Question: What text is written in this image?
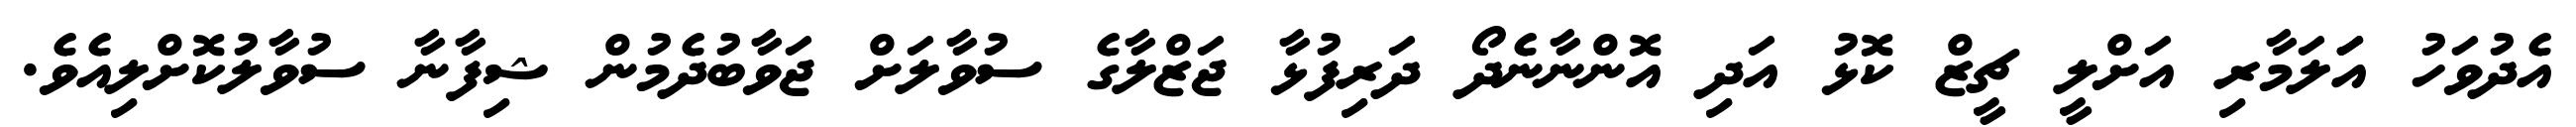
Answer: އެދުވަހު އަަލަމާރި އަށްލީ ޗީޒް ކޮޅު އަދި އޮންނާނެދޯ ދަރިފުޅާ ޖަޒްލާގެ ސުވާލަށް ޖަވާބުދެމުން ޝިފާނާ ސުވާލުކޮށްލިއެވެ.